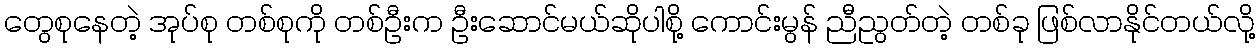
တွေစုနေတဲ့ အုပ်စု တစ်စုကို တစ်ဦးက ဦးဆောင်မယ်ဆိုပါစို့ ကောင်းမွန် ညီညွတ်တဲ့ တစ်ခု ဖြစ်လာနိုင်တယ်လို့